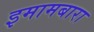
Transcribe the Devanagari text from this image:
इमामबारा